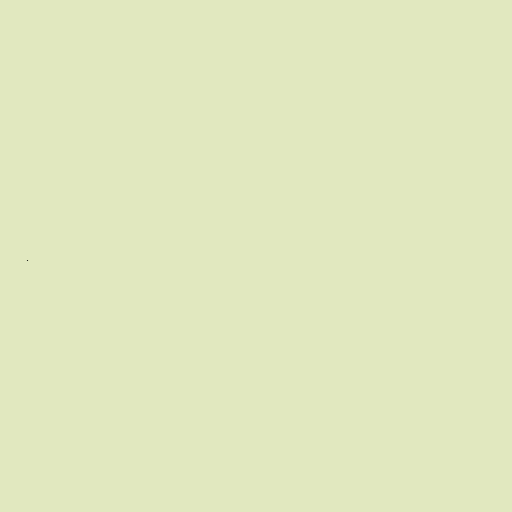
.